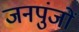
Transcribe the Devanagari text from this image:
जनपुंजों